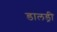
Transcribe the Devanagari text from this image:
डालड्री